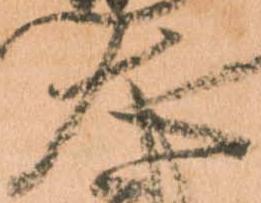
大